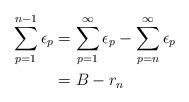
LaTeX: \begin{align*} \sum_{p=1}^{n-1}\epsilon_p &= \sum_{p=1}^{\infty}\epsilon_p -\sum_{p=n}^{\infty}\epsilon_p\\&=B- r_n\end{align*}